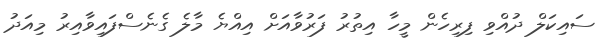
ސައިކަލް ދުއްވި ފިރިހެން މީހާ އިތުރު ފަރުވާއަށް އިއްޔެ މާލެ ގެނެސްފައިވާއިރު މިއަދު